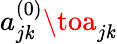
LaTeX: {a_{j\mathit{k}}^{(0)}}\toa_{j\mathit{k}}